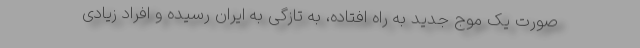
صورت یک موج جدید به راه افتاده، به تازگی به ایران رسیده و افراد زیادی